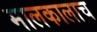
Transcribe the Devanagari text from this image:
मालकालाच